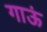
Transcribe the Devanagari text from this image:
गाऊं